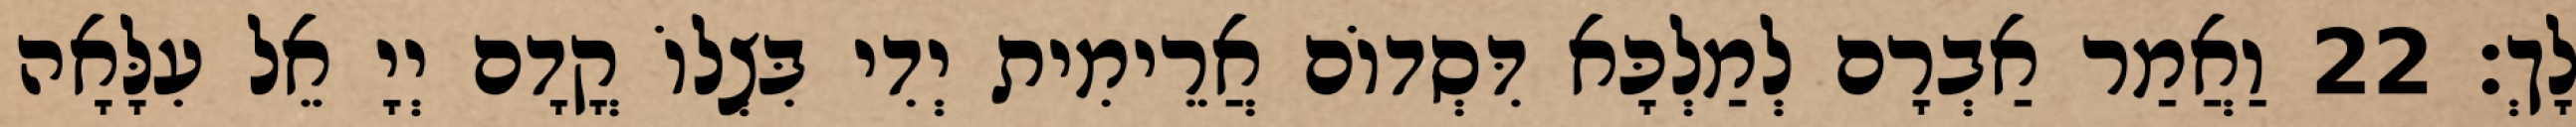
לָךְ׃ 22 וַאֲמַר אַבְרָם לְמַלְכָּא דִּסְדוֹם אֲרֵימִית יְדִי בִּצְלוֹ קֳדָם יְיָ אֵל עִלָּאָה